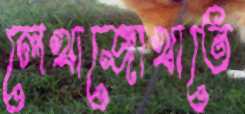
লেখাজোখাতে